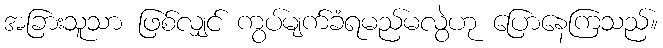
အခြားသူသာ ဖြစ်လျှင် ကွပ်မျက်ခံရမည်မလွဲဟု ပြောနေကြသည်။